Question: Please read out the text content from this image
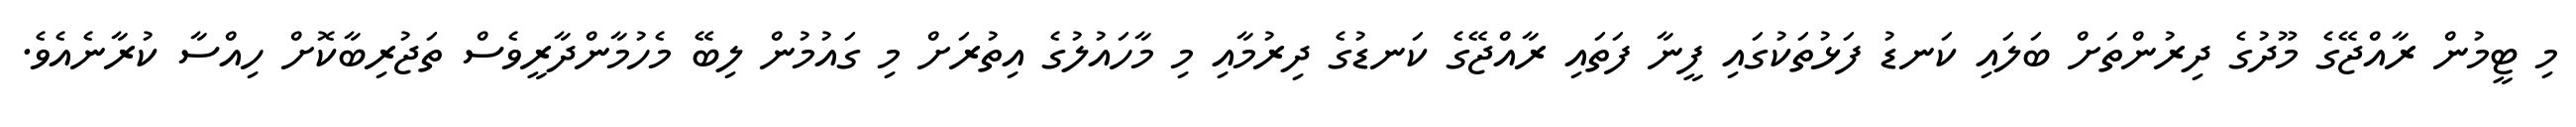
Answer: މި ޓީމުން ރާއްޖޭގެ މޫދުގެ ދިރުންތަށް ބަލައި ކަނޑު ފަޅުތަކުގައި ފީނާ ފަތައި ރާއްޖޭގެ ކަނޑުގެ ދިރުމާއި މި މާހައުލުގެ އިތުރަށް މި ގައުމުން ލިބޭ މެހުމާންދާރީވެސް ތަޖުރިބާކޮށް ހިއްސާ ކުރާނެއެވެ.